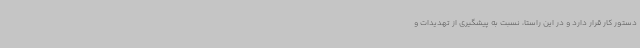
دستور کار قرار دارد و در این راستا، نسبت به پیشگیری از تهدیدات و